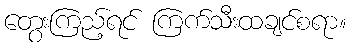
တွေးကြည့်ရင် ကြက်သီးထချင်စရာ။